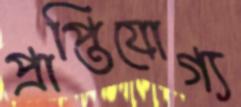
প্রাপ্তিযোগ্য